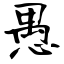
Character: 愚